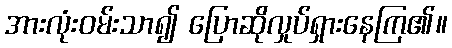
အားလုံးဝမ်းသာ၍ ပြောဆိုလှုပ်ရှားနေကြ၏။